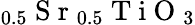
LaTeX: _{0.5}\mathrm{~S~r~}_{0.5}\mathrm{~T~i~O~}_{3}